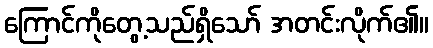
ကြောင်ကိုတွေ့သည်ရှိသော် အတင်းလိုက်၏။